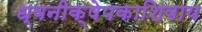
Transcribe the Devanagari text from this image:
ध्वनीक्षेपकाशिवाय